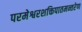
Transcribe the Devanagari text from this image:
परमेश्वरशक्तिपातमन्तरेण